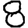
Digit: 8